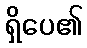
ရှိပေ၏